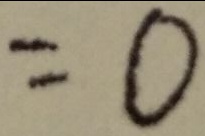
= 0